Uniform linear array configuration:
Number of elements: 32
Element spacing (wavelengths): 0.25
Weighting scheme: cosine
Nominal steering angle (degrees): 15
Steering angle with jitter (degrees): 15.081
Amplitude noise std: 0.05
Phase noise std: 0.05

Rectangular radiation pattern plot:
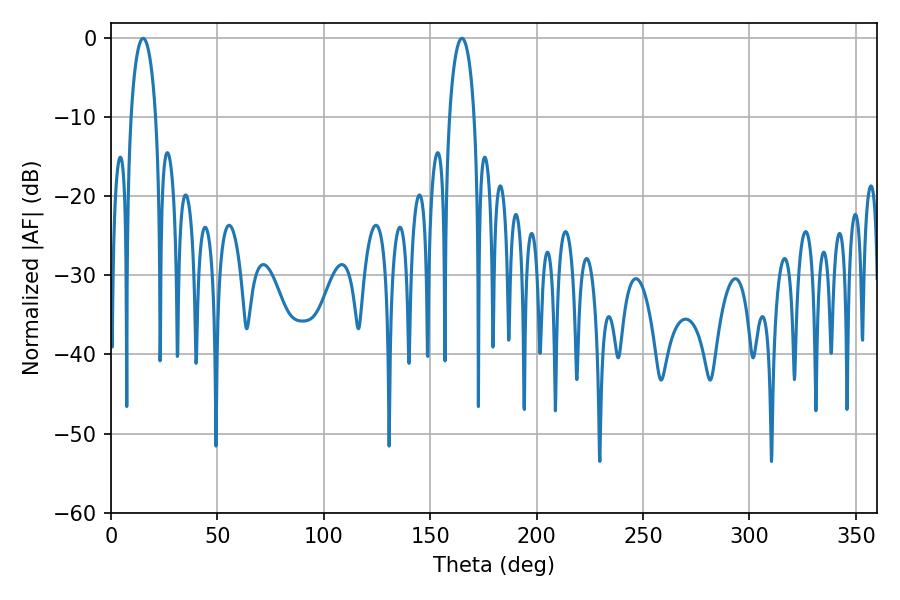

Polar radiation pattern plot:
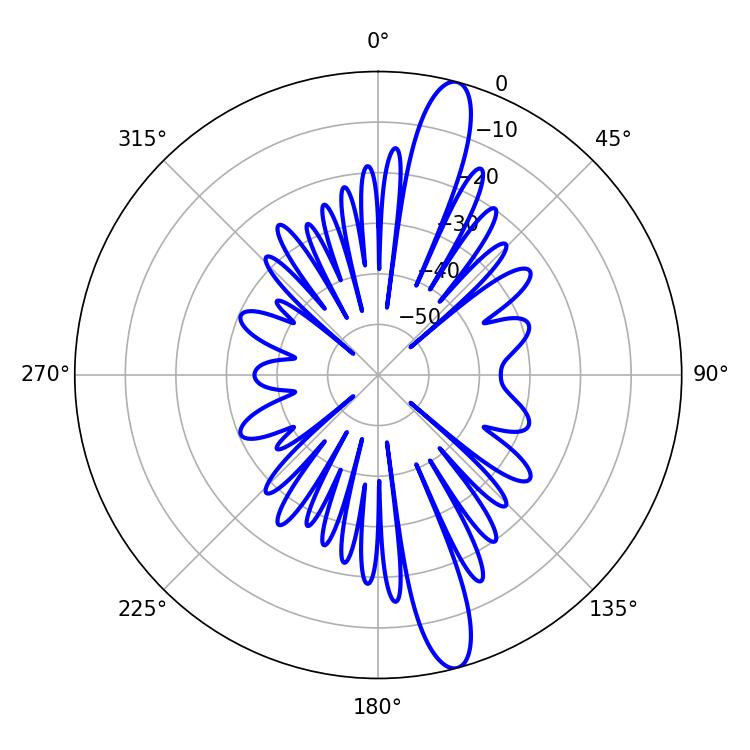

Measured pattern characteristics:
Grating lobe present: FALSE
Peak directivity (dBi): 14.697
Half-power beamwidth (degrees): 6.66
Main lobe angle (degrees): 15.12